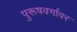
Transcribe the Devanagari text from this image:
पुरूषवर्गावर